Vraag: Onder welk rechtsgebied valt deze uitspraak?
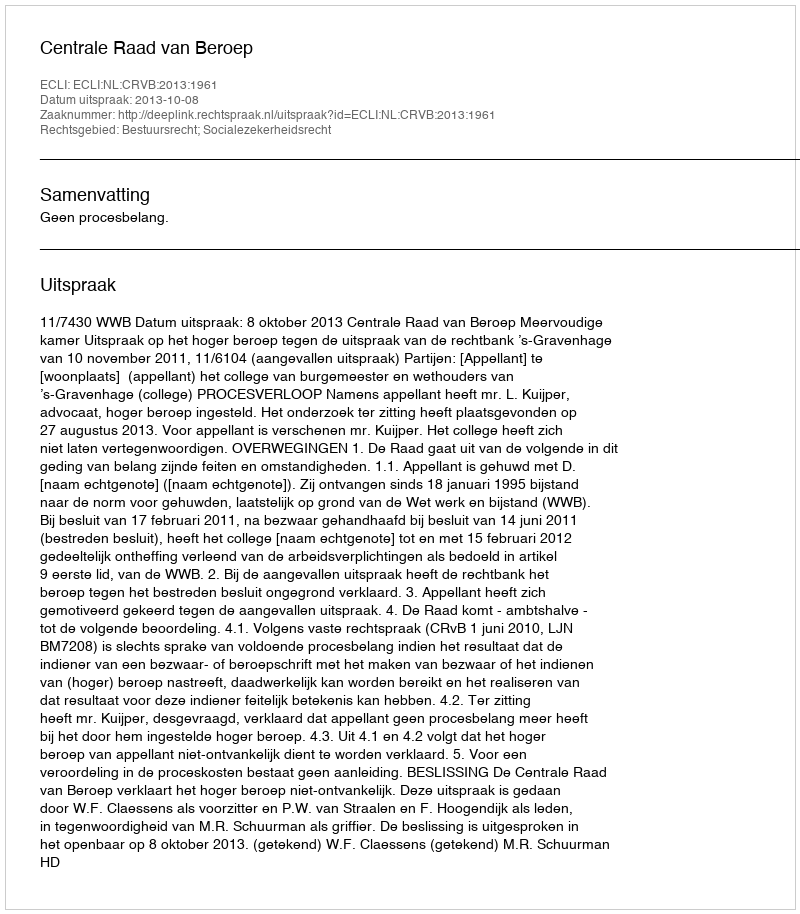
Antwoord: Bestuursrecht; Socialezekerheidsrecht